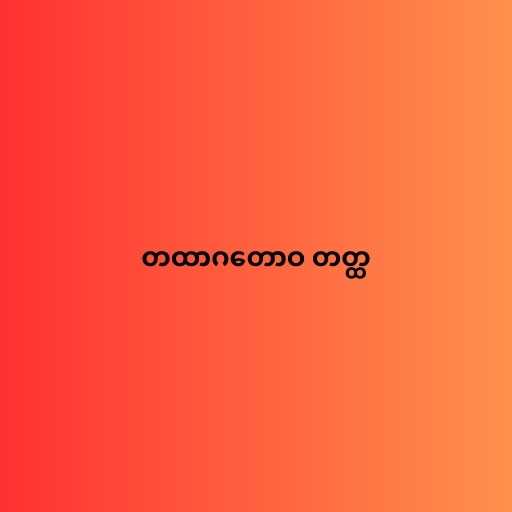
တထာဂတောဝ တတ္ထ